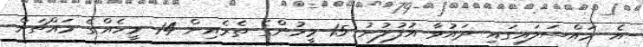
އެ މައްސަލައިގައި ދައުވާ އުފުލުނު 15 މީހުންގެ ތެރެއިން 14 މީހެއްގެ މައްޗަށް